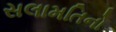
સલામતિનો